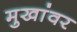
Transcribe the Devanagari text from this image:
मुखांवर